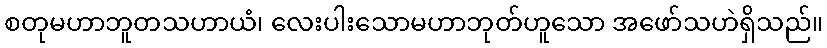
စတုမဟာဘူတသဟာယံ၊ လေးပါးသောမဟာဘုတ်ဟူသော အဖော်သဟဲရှိသည်။